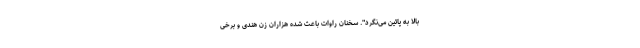
بالا به پائین می‌نگرد". سخنان راوات باعث شده هزاران زن هندی و برخی